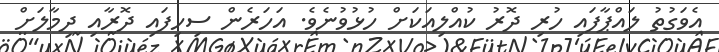
އެވަގުތު ލައްޕާފައި ހުރި ދޮރު ކުއްލިއަކަށް ހުޅުވުނެވެ. އަހަރެން ސިހިފައި ދޮރާއި ދިމާލަށް